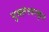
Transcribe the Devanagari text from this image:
मुक्तेश्वरकृत